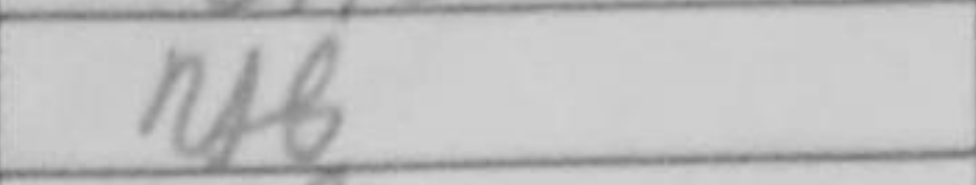
Transcription: Rf8